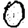
Digit: 0